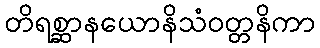
တိရစ္ဆာနယောနိသံဝတ္တနိကာ